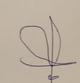
Signature authenticity: forged